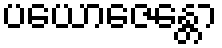
ပယောဇေန္တော